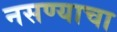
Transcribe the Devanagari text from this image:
नसण्याचा